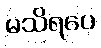
မသိရပေ